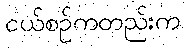
ငယ်စဉ်ကတည်းက